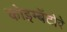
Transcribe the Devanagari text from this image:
कोइम्बॅटोरे